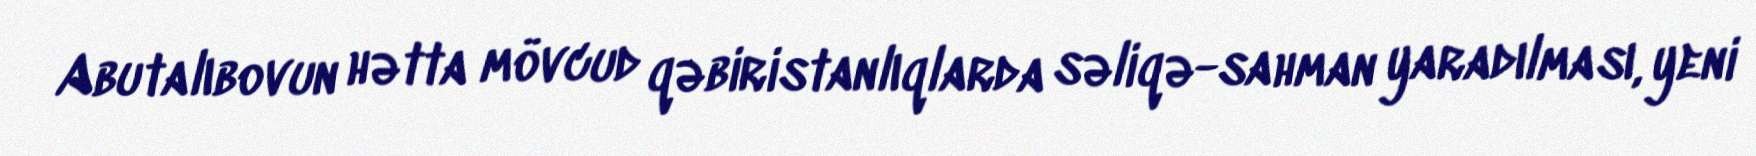
Abutalıbovun hətta mövcud qəbiristanlıqlarda səliqə-sahman yaradılması, yeni